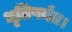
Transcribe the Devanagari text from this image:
धृतिपर्यंत।